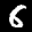
Label: 6